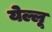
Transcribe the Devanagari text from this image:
येल्लू